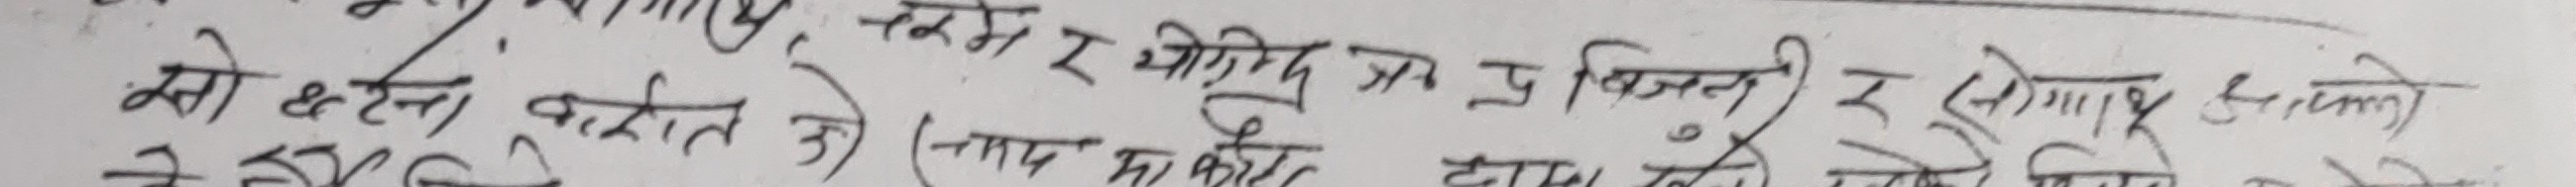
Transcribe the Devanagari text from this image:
सो हेर्नु पर्दछ जे (नगद मा कोहि दाम हेरौ)